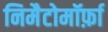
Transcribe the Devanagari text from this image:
निमैटोमॉर्फ़ा